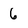
Character: 6